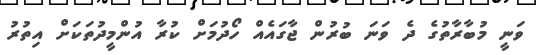
ވަނީ މުބާރާތުގެ ދެ ވަނަ ބުރުން ޖާގައެއް ހޯދުމަށް ކުރާ އުންމީދުތަކަށް އިތުރު